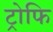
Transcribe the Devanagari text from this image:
ट्रोफि